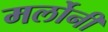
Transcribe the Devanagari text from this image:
मर्लोनी